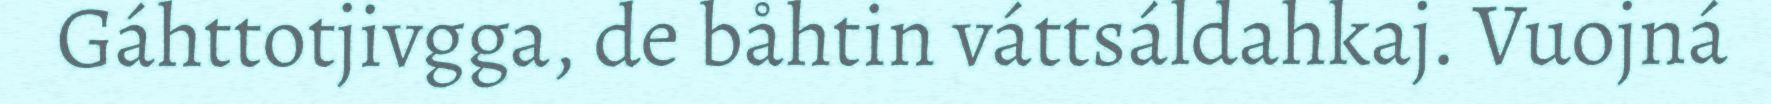
Gáhttotjivgga, de båhtin váttsáldahkaj. Vuojná